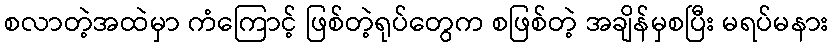
စလာတဲ့အထဲမှာ ကံကြောင့် ဖြစ်တဲ့ရုပ်တွေက စဖြစ်တဲ့ အချိန်မှစပြီး မရပ်မနား